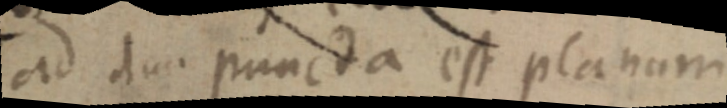
ad duo puncta est planum